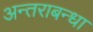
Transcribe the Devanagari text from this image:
अन्तराबन्धा